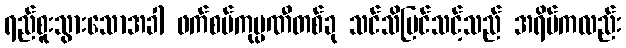
ရည်စူးသွားသောအခါ ဖက်စပ်ကုမ္ပဏီတစ်ခု သင်သိမြင်သင့်သည် အရိပ်ကလည်း